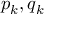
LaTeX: p _ { k } , q _ { k }